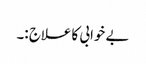
بے خوابی کا علاج :۔